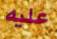
عليه